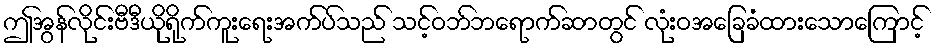
ဤအွန်လိုင်းဗီဒီယိုရိုက်ကူးရေးအက်ပ်သည် သင့်ဝဘ်ဘရောက်ဆာတွင် လုံးဝအခြေခံထားသောကြောင့်